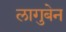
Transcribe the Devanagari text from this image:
लागुबेन